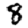
Digit: 8